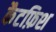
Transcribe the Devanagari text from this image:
कैटफ़िश